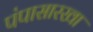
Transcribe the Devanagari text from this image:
पंपासारखा